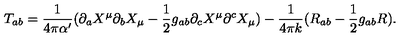
T _ { a b } = \frac { 1 } { 4 \pi \alpha ^ { \prime } } ( \partial _ { a } X ^ { \mu } \partial _ { b } X _ { \mu } - { \frac 1 2 } g _ { a b } \partial _ { c } X ^ { \mu } \partial ^ { c } X _ { \mu } ) - \frac { 1 } { 4 \pi k } ( R _ { a b } - { \frac 1 2 } g _ { a b } R ) .